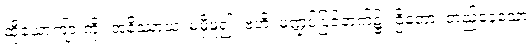
ထိုယောကျ်ားကို။ အနိဿာယ၊ မမှီမူ၍။ ဗဟိ၊ မဏ္ဍပ်ပြင်ဘက်၌။ ဌိတော၊ တည်နေသော